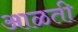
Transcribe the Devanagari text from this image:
आळती